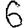
Digit: 6